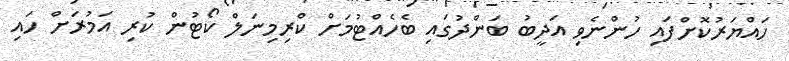
ހައްޔަރުކޮށްފައި ހުންނެވި އަދީބު ބަންދުގައި ބެހެއްޓުމަށް ކްރިމިނަލް ކޯޓުން ކުރި އަމުރަށް ހައި